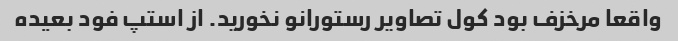
واقعا مرخزف بود کول تصاویر رستورانو نخورید. از استپ فود بعیده